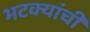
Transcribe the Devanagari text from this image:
भटक्यांची